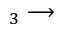
_ { 3 } \longrightarrow